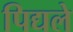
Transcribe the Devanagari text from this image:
पिद्यले